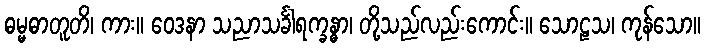
ဓမ္မဓာတူတိ၊ ကား။ ဝေဒနာ သညာသင်္ခါရက္ခန္ဓာ၊ တို့သည်လည်းကောင်း။ သောဠသ၊ ကုန်သော။